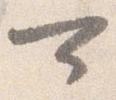
可